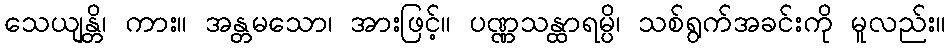
သေယျန္တိ၊ ကား။ အန္တမသော၊ အားဖြင့်။ ပဏ္ဏသန္ထာရမ္ပိ၊ သစ်ရွက်အခင်းကို မူလည်း။